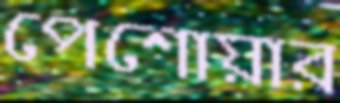
পেশোয়ার